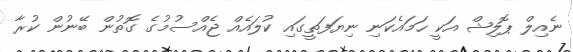
ނެއިލް ޕޮލިޝް އަކީ ހަމައެކަނި ނިޔަފަތީގައި ކުލައެއް ޖެއްސުމުގެ ގޮތުން ބޭނުން ކުރާ